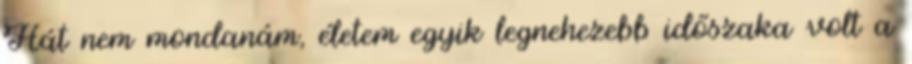
Hát nem mondanám, életem egyik legnehezebb időszaka volt a